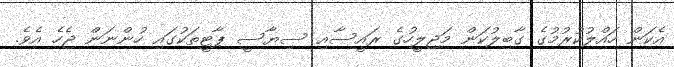
އެކަން ހައްލުކުރުމުގެ ގާބިލުކަން މަޖިލީހުގެ ރައީސާއި ސިޔާސީ ޕާޓީތަކުގައި ހުންނަން ޖެހެ އެވެ.